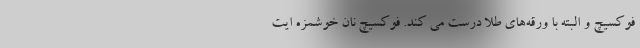
فوکسیچ و البته با ورقه‌های طلا درست می کند. فوکسیچ نان خوشمزه ایت